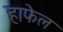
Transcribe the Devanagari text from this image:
हाफेल